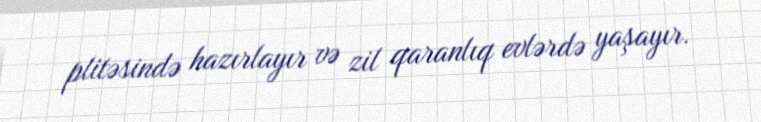
plitəsində hazırlayır və zil qaranlıq evlərdə yaşayır.